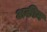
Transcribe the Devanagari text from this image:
अकीम